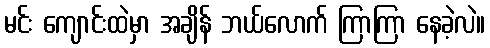
မင်း ကျောင်းထဲမှာ အချိန် ဘယ်လောက် ကြာကြာ နေခဲ့လဲ။